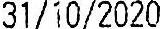
31/10/2020